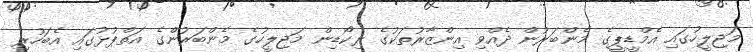
މަޖިލީހުގައި އެމްޑީޕީގެ މެންބަރުން ދެއްވި އިންޒާރުތަކުގެ ރިކޯޑިން މަޖިލީހުގެ މެންބަރުންގެ އަތްޕުޅުގައި އެބަހުރި